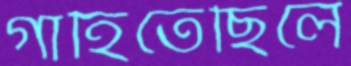
গাহিতেছিলে